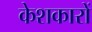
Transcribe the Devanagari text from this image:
केशकारों